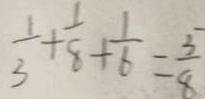
\frac { 1 } { 3 } + \frac { 1 } { 8 } + \frac { 1 } { 6 } = \frac { 5 } { 8 }